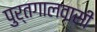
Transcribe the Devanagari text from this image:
पुर्तगालवासी